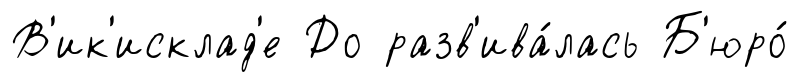
В'ик'исклад'е До разв'ива́лась Б'юро́